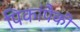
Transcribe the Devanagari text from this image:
पिकांपैकी